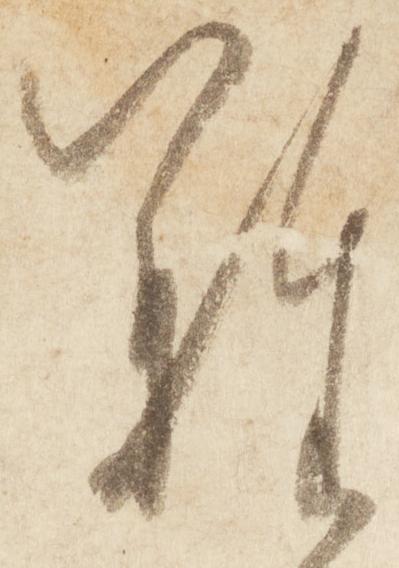
難